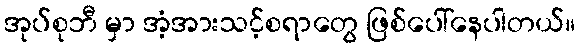
အုပ်စုဘီ မှာ အံ့အားသင့်စရာတွေ ဖြစ်ပေါ်နေပါတယ်။